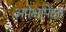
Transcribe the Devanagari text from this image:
अपेक्षांपेक्षा